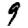
Digit: 9